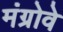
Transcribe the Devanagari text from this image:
मंग्रोवे